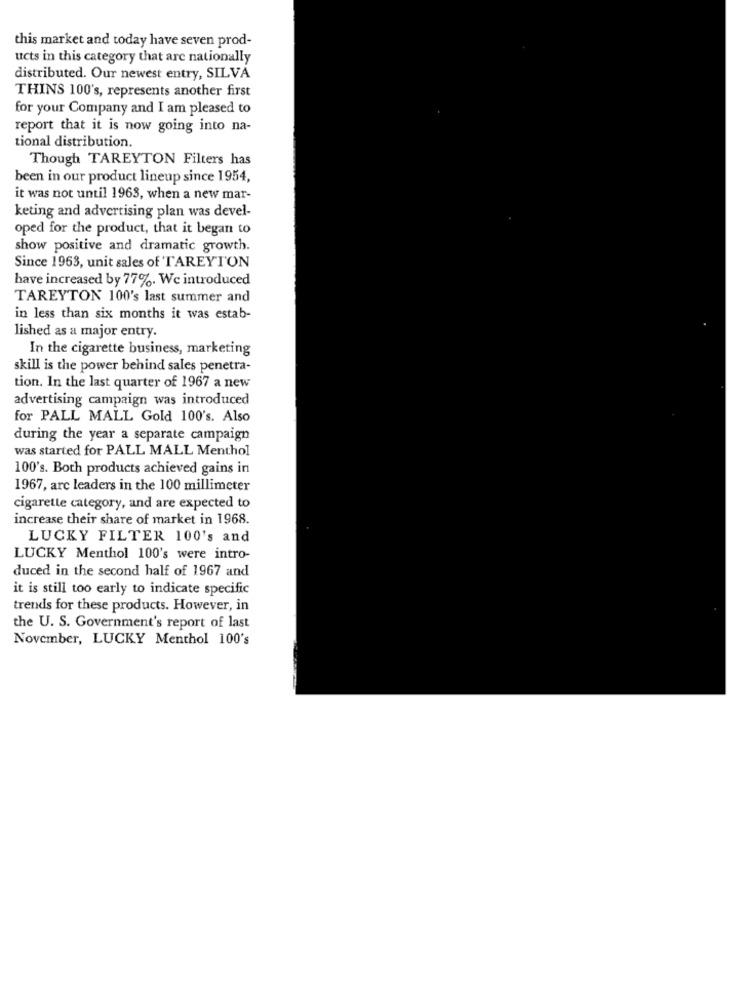
this market and today have seven prod-
ucts in this category that are nationally
distributed. Our newest entry, SILVA
THINS 100's, represents another first
for your Company and I am pleased to
report that it is now going into na-
tional distribution.
Though TAREYTON Filters has
been in our product lineup since 1954,
it was not until 1963, when a new mar-
keting and advertising plan was devel-
oped for the product, that it began to
show positive and dramatic growth.
Since 1963, unit sales of TAREYTON
have increased by 77%. We introduced
TAREYTON 100's last summer and
in less than six months it was estab-
lished as a major entry.
In the cigarette business, marketing
skill is the power behind sales penetra-
tion. In the last quarter of 1967 a new
advertising campaign was introduced
for PALL MALL Gold 100's. Also
during the year a separate campaign
was started for PALL MALL Menthol
100's. Both products achieved gains in
1967, arc leaders in the 100 millimeter
cigarette category, and are expected to
increase their share of market in 1968.
LUCKY FILTER 100's and
LUCKY Menthol 100's were intro-
duced in the second half of 1967 and
it is still too early to indicate specific
trends for these products. However, in
the U. S. Government's report of last
November, LUCKY Menthol 100's